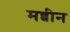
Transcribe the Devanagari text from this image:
मब्बीन